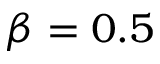
\beta = 0 . 5